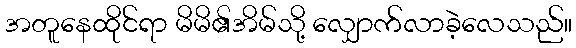
အတူနေထိုင်ရာ မိမိ၏အိမ်သို့ လျှောက်လာခဲ့လေသည်။